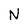
Character: N